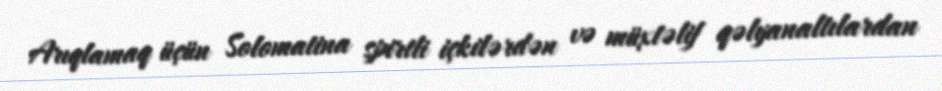
Arıqlamaq üçün Solomatina spirtli içkilərdən və müxtəlif qəlyanaltılardan